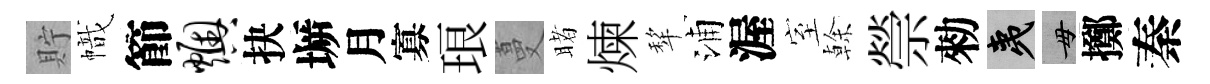
貯幟節燠抉󶱲月寡琅蔓睹煉犂浦渥室𠏉禜勑夷毋擲秦